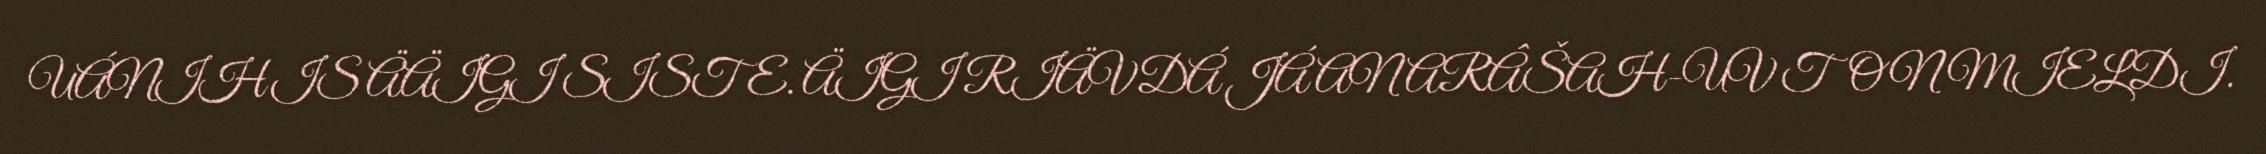
UÁNIHIS ÄÄIGI SISTE. ÄIGI RIÄVDÁ JÁ ANARÂŠAH-UV TON MIELDI.